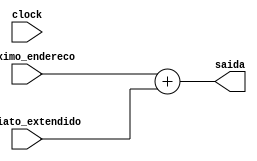
module somador2 (proximo_endereco, imediato_extendido, saida, clock);

	// input 
	input [31:0] proximo_endereco;
	input [31:0] imediato_extendido;
	input clock;
	
	// output
	output [31:0] saida; 
	
	assign saida = proximo_endereco + imediato_extendido;
endmodule